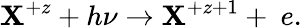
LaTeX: \mathbf{X}^{+z}+h\nu\rightarrow\mathbf{X}^{+z+1}+~e.